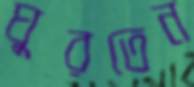
ঘুরতেন